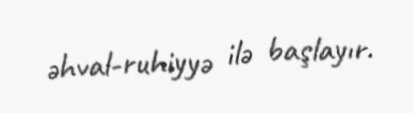
əhval-ruhiyyə ilə başlayır.